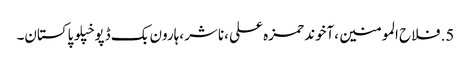
5.	فلاح المومنین ،آخوند حمزہ علی ،ناشر ،ہارون بک ڈپو خپلو پاکستان۔